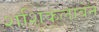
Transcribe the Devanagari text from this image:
शशिकलाबेन